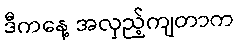
ဒီကနေ့ အလှည့်ကျတာက